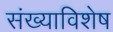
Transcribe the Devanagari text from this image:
संख्याविशेष